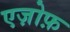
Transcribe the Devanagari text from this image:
एज़ोफ़